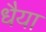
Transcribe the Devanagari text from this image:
धैया